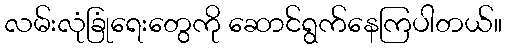
လမ်းလုံခြုံရေးတွေကို ဆောင်ရွက်နေကြပါတယ်။